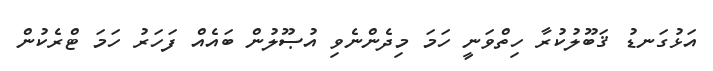
އަޅުގަނޑު ޤަބޫލުކުރާ ހިތްވަނީ ހަމަ މިދެންނެވި އުޞޫލުން ބައެއް ފަހަރު ހަމަ ޓްރެކުން